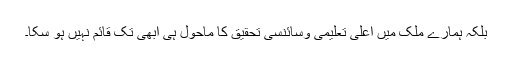
بلکہ ہمارے ملک میں اعلیٰ تعلیمی وسائنسی تحقیق کا ماحول ہی ابھی تک قائم نہیں ہو سکا۔